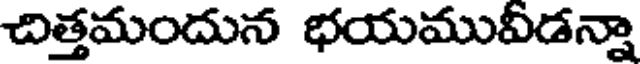
చిత్తమందున భయమువీడన్నా